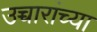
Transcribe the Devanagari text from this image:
उच्चारांच्या